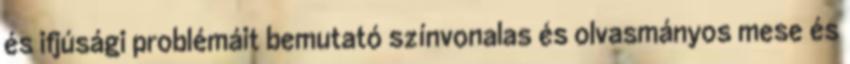
és ifjúsági problémáit bemutató színvonalas és olvasmányos mese és